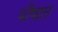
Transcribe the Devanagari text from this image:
पौषात